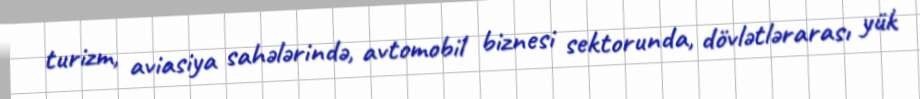
turizm, aviasiya sahələrində, avtomobil biznesi sektorunda, dövlətlərarası yük